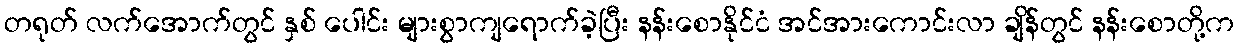
တရုတ် လက်အောက်တွင် နှစ် ပေါင်း များစွာကျရောက်ခဲ့ပြီး နန်းစောနိုင်ငံ အင်အားကောင်းလာ ချိန်တွင် နန်းစောတို့က